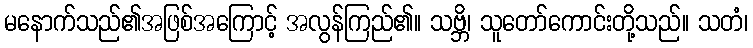
မနောက်သည်၏အဖြစ်အကြောင့် အလွန်ကြည်၏။ သဗ္ဘိ၊ သူတော်ကောင်းတို့သည်။ သတံ၊